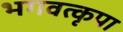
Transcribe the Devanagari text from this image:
भगवत्कृपा